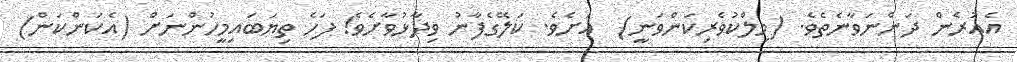
އެއުރެން ދަންނަވާނެތެވެ. (މިލްކުވެރިކަންވަނީ)  އަށެވެ. ކަލޭގެފާނު ވިދާޅުވާށެވެ! ފަހެ ތިޔަބައިމީހުންނަށް (އެކަންކަން)